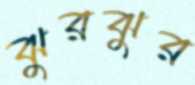
ঝুরঝুর